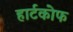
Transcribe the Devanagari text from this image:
हार्टकोफ